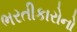
ભરતીકારોનો